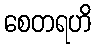
စေတရဟိ